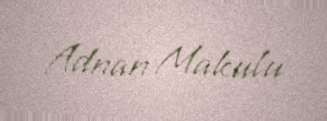
Adnan Makulu